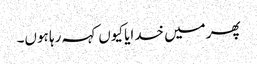
پھر میں خدایا کیوں کہہ رہا ہوں۔